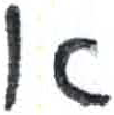
אות: א